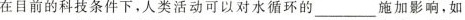
在目前的科技条件下，人类活动可以对水循环的 ___施加影响，如